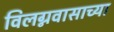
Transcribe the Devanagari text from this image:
विलग्नवासाच्या